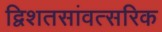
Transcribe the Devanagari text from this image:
द्विशतसांवत्सरिक